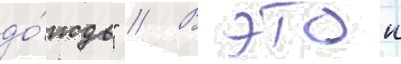
до́ждь" // В этои